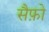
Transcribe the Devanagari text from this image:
सैफ़ो